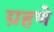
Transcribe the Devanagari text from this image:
ग्रहणे